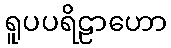
ရူပပရိဠာဟော